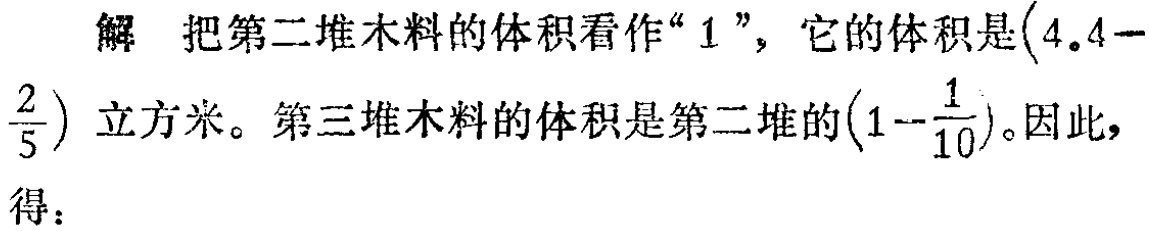
解 把第二堆木料的体积看作“$1$”，它的体积是$\left(4.4 - \frac{2}{5}\right)$立方米。第三堆木料的体积是第二堆的$\left(1 - \frac{1}{10}\right)$。因此，得：